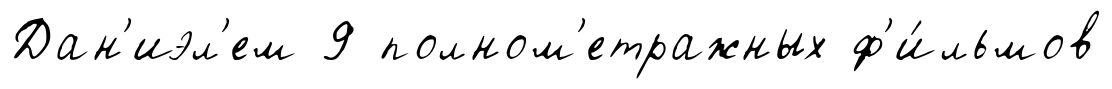
Дан'иэл'ем 9 полном'етражных ф'и́льмов